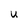
Character: U